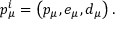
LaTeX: p _ { \mu } ^ { i } = \left( p _ { \mu } , e _ { \mu } , d _ { \mu } \right) .